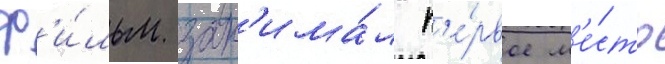
Ф'и́льм зан'има́л п'е́рвое м'е́сто